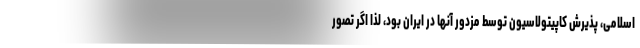
اسلامی، پذیرش کاپیتولاسیون توسط مزدور آنها در ایران بود، لذا اگر تصور